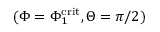
( \Phi = \Phi _ { 1 } ^ { \mathrm { c r i t } } , \Theta = \pi / 2 )